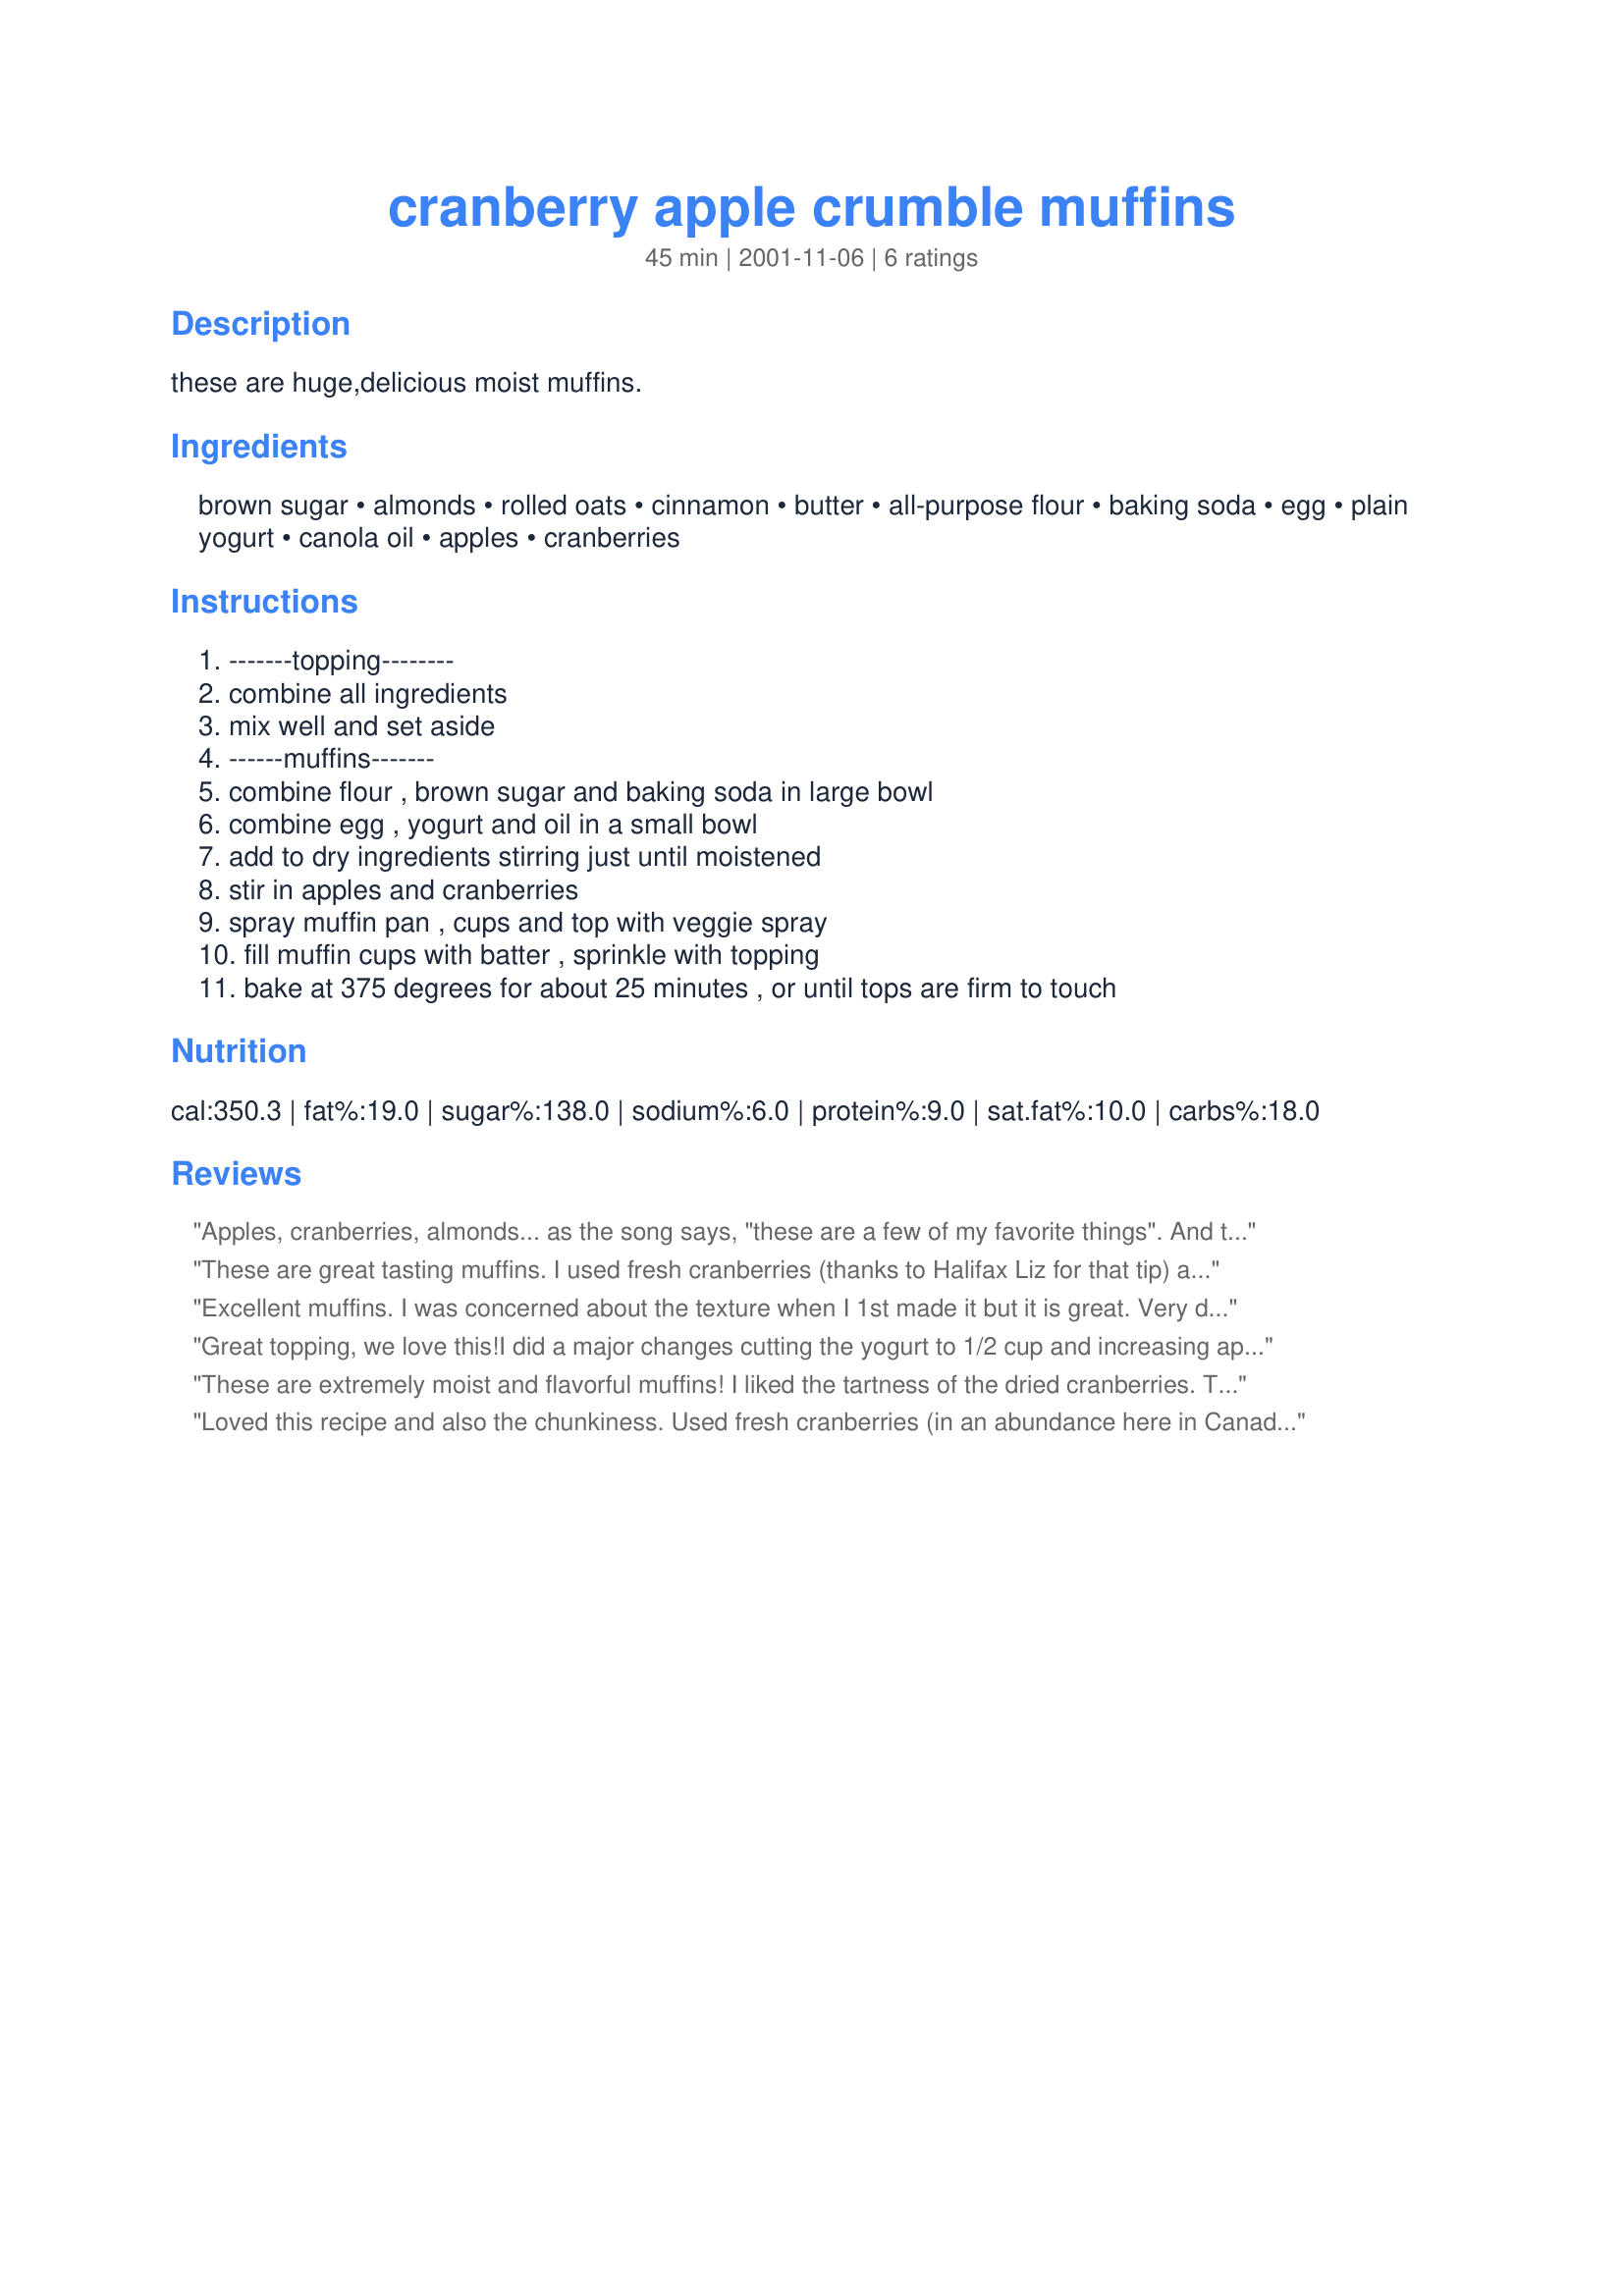
cranberry apple crumble muffins
Preparation time: 45 minutes

these are huge,delicious moist muffins.

Ingredients:
brown sugar, almonds, rolled oats, cinnamon, butter, all-purpose flour, baking soda, egg, plain yogurt, canola oil, apples, cranberries

Steps:
-------topping--------, combine all ingredients, mix well and set aside, ------muffins-------, combine flour , brown sugar and baking soda in large bowl, combine egg , yogurt and oil in a small bowl, add to dry ingredients stirring just until moistened, stir in apples and cranberries, spray muffin pan , cups and top with veggie spray, fill muffin cups with batter , sprinkle with topping, bake at 375 degrees for about 25 minutes , or until tops are firm to touch

Reviews:
Apples, cranberries, almonds... as the song says, "these are a few of my favorite things". And they combine in this recipe to make a very nice muffin. The batter has more of a cookie dough consistency & the muffins had a bit of a different texture. Not a bad texture & I'm having trouble coming up with words to describe it, but not the usual muffin. These are full of fruit & the topping is very tasty. Next time, I will probably use less apples & more cranberries, for personal preference. I would also recommend combining all the topping ingredients except the almonds & adding them at the end. I found it a bit dificult to cut the butter in wtih the almonds. All in all, a very nice muffin!
These are great tasting muffins. I used fresh cranberries (thanks to Halifax Liz for that tip) and did not bother with the topping. They got extremely moist after a day in a plastic bag, so popped them back in the oven for a few minutes to dry.
Excellent muffins. I was concerned about the texture when I 1st made it but it is great. Very delicious and easy to prepare. No beating, no fuss!!
Great topping, we love this!<br/>I did a major changes cutting the yogurt to 1/2 cup and increasing apples almost 2 fold as we have a lot of apples in the garden that we would like to enjoy.<br/>As apples als juicy this turned out well and the muffings looks great.<br/>Thaks a lot for your recipe!
These are extremely moist and flavorful muffins! I liked the tartness of the dried cranberries. They complimented the sweetness of the topping nicely. Because of the topping, the muffin tops are flat but they sure taste good. I got 6 regular and 6 jumbo muffins. Thanks for posting the recipe, Derf!
Loved this recipe and also the chunkiness. Used fresh cranberries (in an abundance here in Canada) but had to use 1 tsp. baking powder and 1/2 tsp. baking soda (I do not like the soda taste in anything). Thanks for posting.
